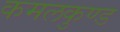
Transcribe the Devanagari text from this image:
कमलकुण्ड